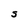
Character: S